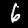
Label: 6